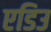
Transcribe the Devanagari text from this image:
एडिउ